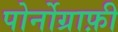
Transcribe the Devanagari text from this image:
पोर्नोग्राफ़ी